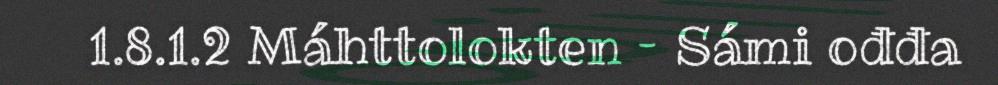
1.8.1.2 Máhttolokten – Sámi ođđa